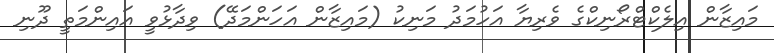
މައިޒާން އިލެކްޓްރޯނިކްގެ ވެރިޔާ އަހުމަދު މަނިކު (މައިޒާން އަހަންމަދޭ) ވިދާޅުވީ އައިންމަތީ ދޫނި